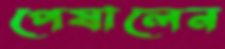
পেষালেন